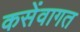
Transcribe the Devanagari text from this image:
कसेंवागत